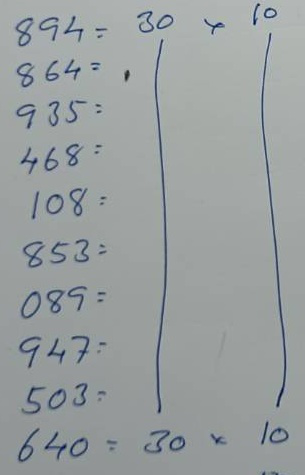
894 = 30 x 10
864 = 30 x 10
935 = 30 x 10
468 = 30 x 10
108 = 30 x 10
853 = 30 x 10
085 = 30 x 10
947 = 30 x 10
503 = 30 x 10
640 = 30 x 10